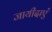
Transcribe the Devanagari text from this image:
जायीदाएं